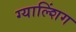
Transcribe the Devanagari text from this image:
ग्याल्शिंग